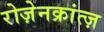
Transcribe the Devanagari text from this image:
रोज़ेनक्रांत्ज़